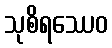
သုစိရဿေဝ